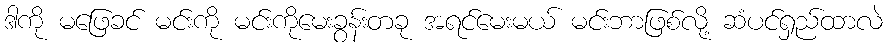
ဒါကို မဖြေခင် မင်းကို မင်းကိုမေးခွန်းတခု အရင်မေးမယ် မင်းဘာဖြစ်လို့ ဆံပင်ရှည်ထာလဲ